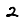
Digit: 2